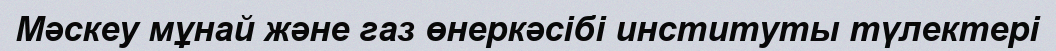
Мәскеу мұнай және газ өнеркәсібі институты түлектері